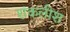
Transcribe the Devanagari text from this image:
शंकलीश